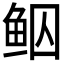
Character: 𱇠